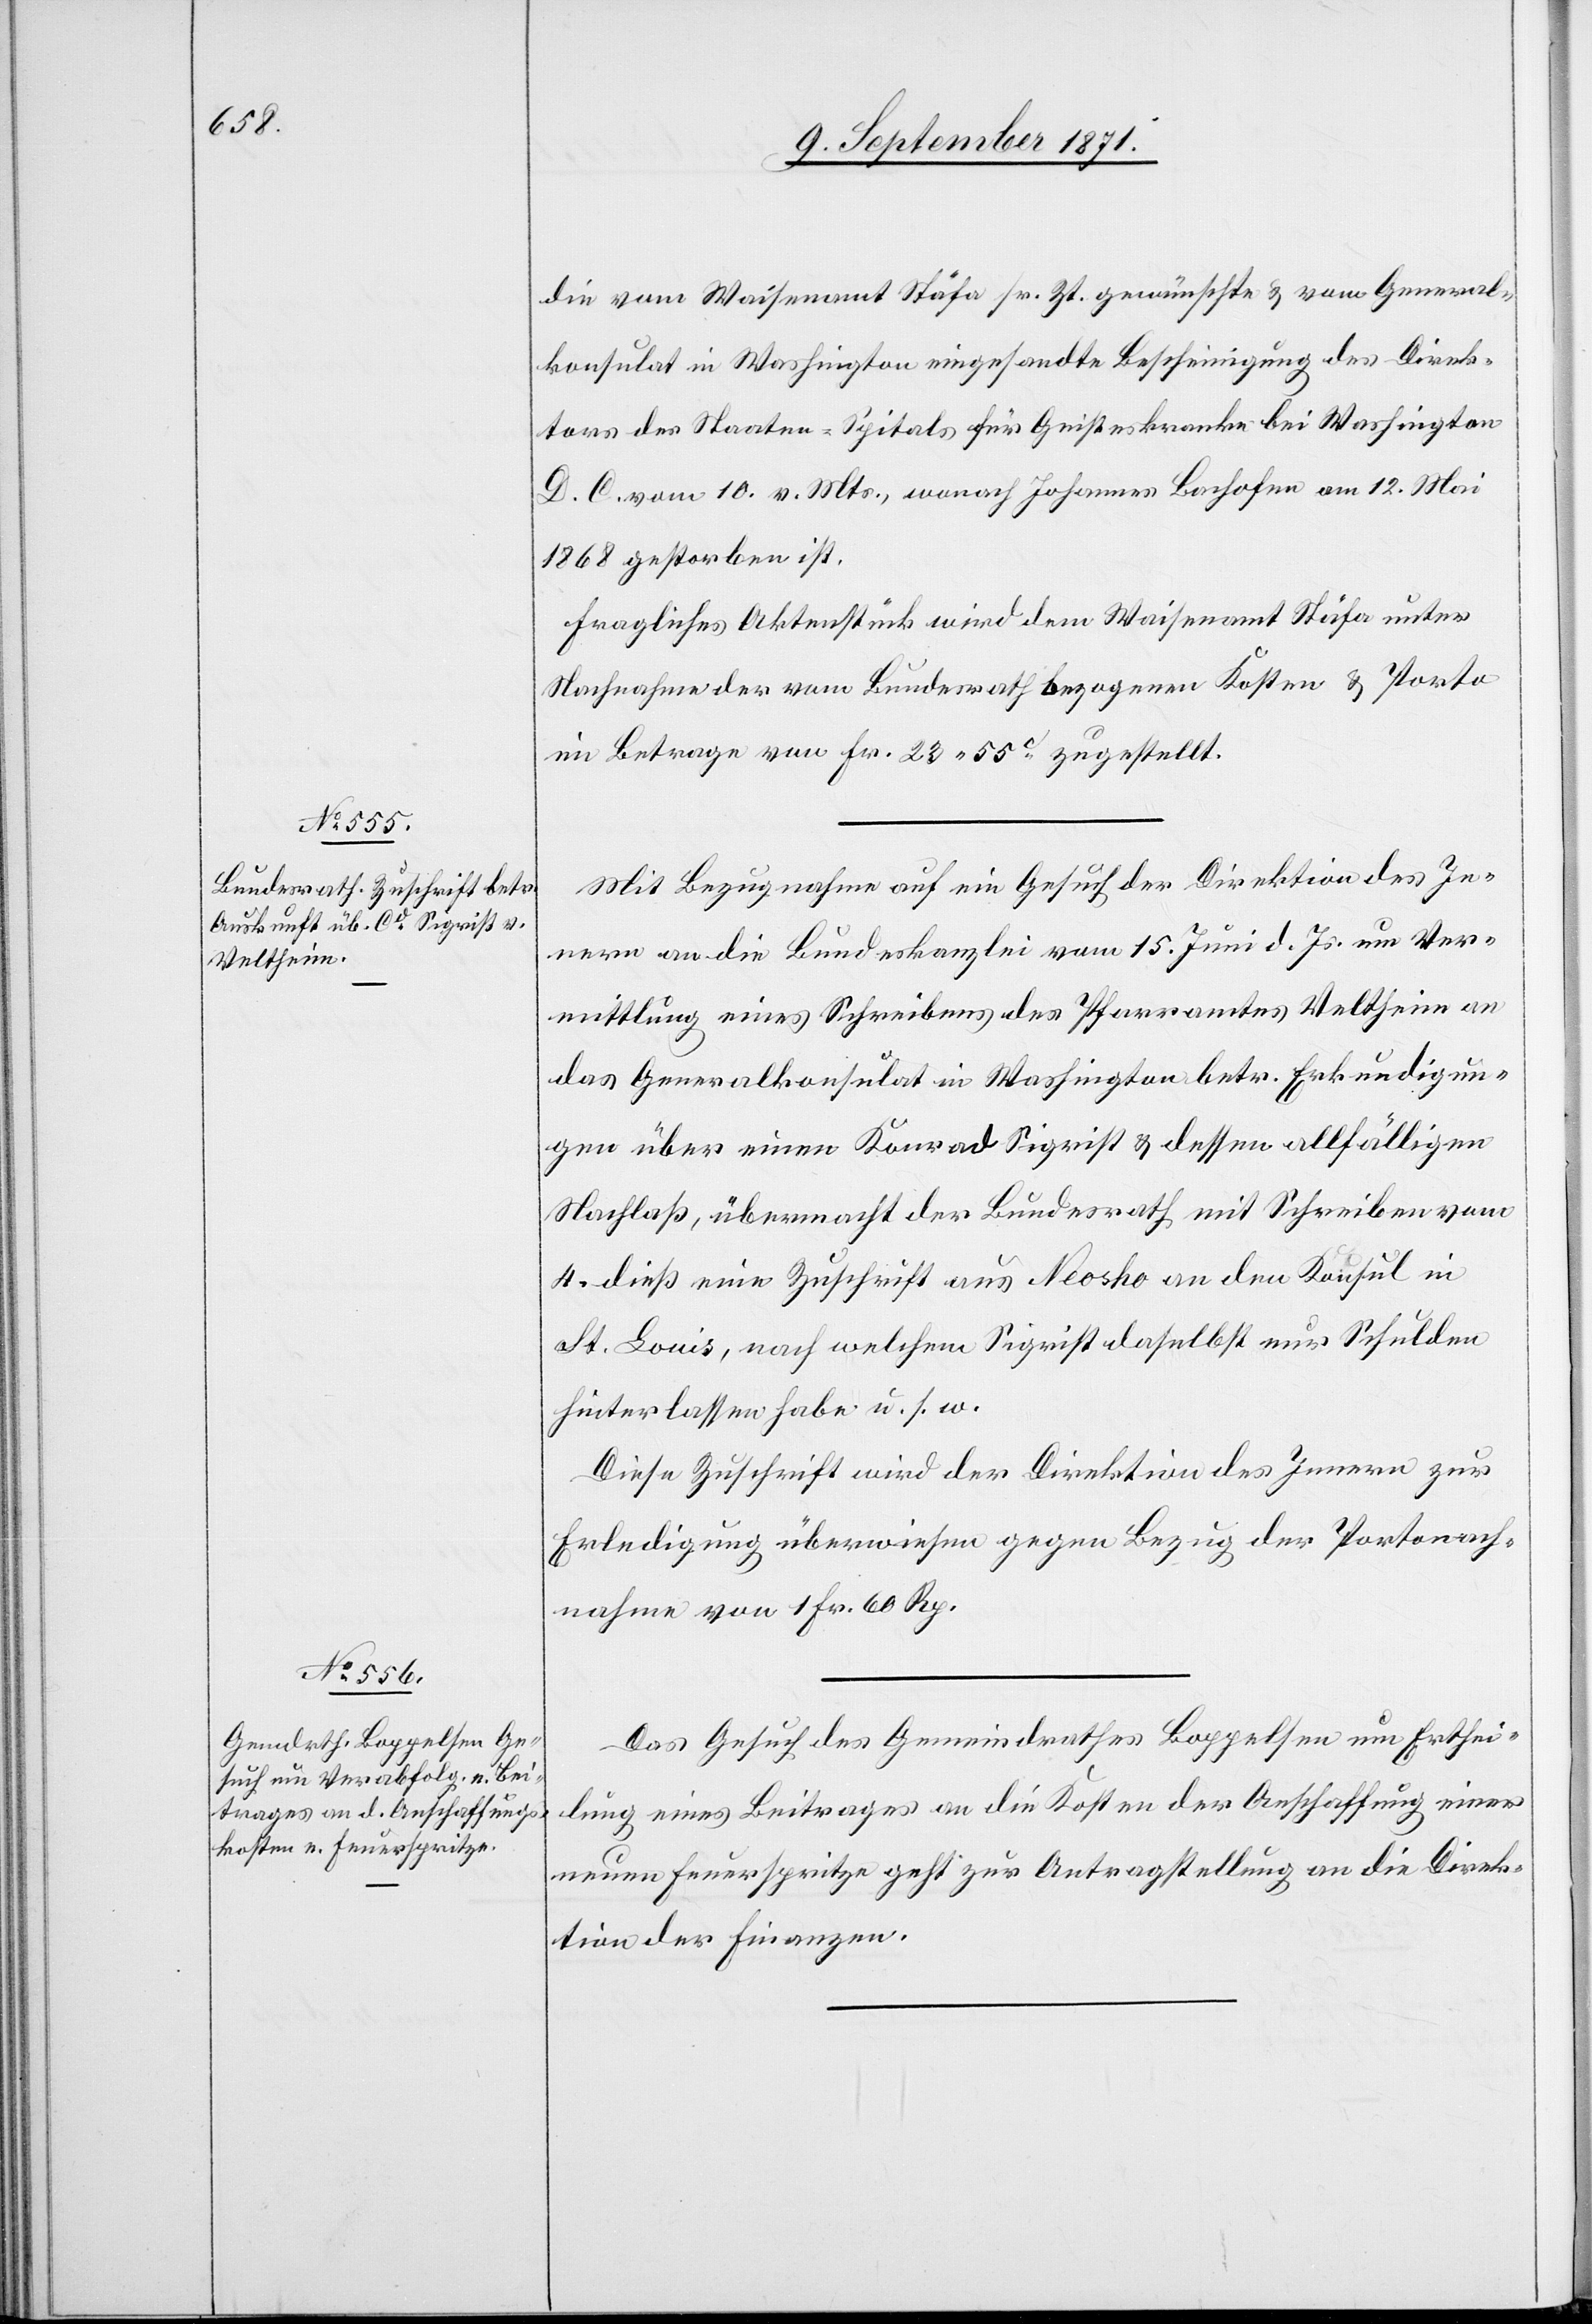
9. September 1871.]
die vom Waisenamt Stäfa sr. Zt. gewünschte & vom General¬
konsulat in Washington eingesandte Bescheinigung des Direk¬
tors des Staaten-Spitals für Geisteskranke bei Washington
D. C. vom 10. v. Mts., wonach Johannes Bachofen am 12. Mai
1868 gestorben ist.
Fragliches Aktenstück wird dem Waisenamt Stäfa unter
Nachnahme der vom Bundesrath bezogenen Kosten & Porto
im Betrage von Fr. 23.55c zugestellt.
Mit Bezugnahme auf ein Gesuch der Direktion des In¬
nern an die Bundeskanzlei vom 15. Juni d. Js. um Ver¬
mittlung eines Schreibens des Pfarramtes Veltheim an
das Generalkonsulat in Washington betr. Erkundigun¬
gen über einen Konrad Sigrist & dessen allfälligen
Nachlaß, übermacht der Bundesrath mit Schreiben vom
4. dieß eine Zuschrift aus Neosho an den Konsul in
St. Louis, nach welchem Sigrist daselbst nur Schulden
hinterlassen habe u. s. w.
Diese Zuschrift wird der Direktion des Innern zur
Erledigung überwiesen gegen Bezug der Portonach¬
nahme vom 1 Fr. 60 Rp.
Das Gesuch des Gemeindrathes Boppelsen um Erthei¬
lung eines Beitrages an die Kosten der Anschaffung einer
neuen Feuerspritze geht zur Antragstellung an die Direk¬
tion der Finanzen.